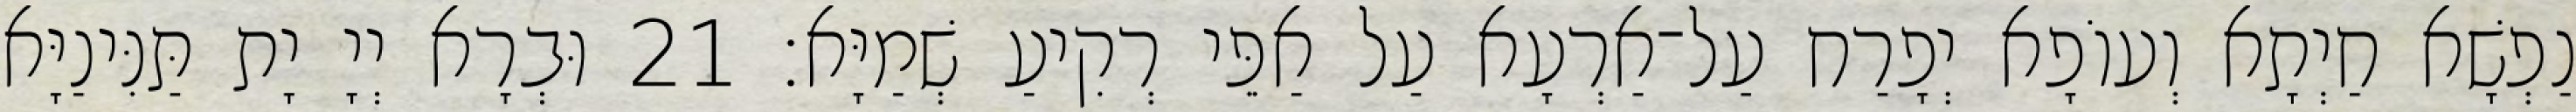
נַפְשָׁא חַיְתָא וְעוֹפָא יְפָרַח עַל־אַרְעָא עַל אַפֵּי רְקִיעַ שְׁמַיָּא׃ 21 וּבְרָא יְיָ יָת תַּנִּינַיָּא